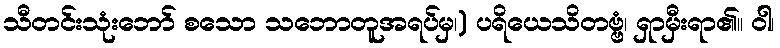
သီတင်းသုံးဘော် စသော သဘောတူအရပ်မှ၊) ပရိယေသိတဗ္ဗံ၊ ရှာမှီးရာ၏။ ဝါ၊